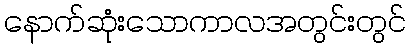
နောက်ဆုံးသောကာလအတွင်းတွင်